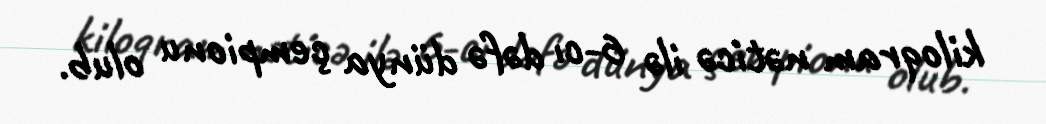
kiloqram nəticə ilə 6-cı dəfə dünya çempionu olub.